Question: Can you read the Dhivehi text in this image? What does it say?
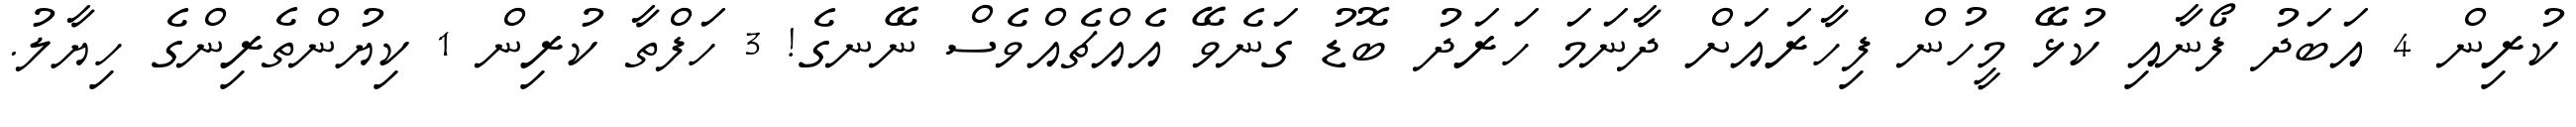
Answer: ކުރިން 4 އަބަދު ފޯނާއި ކުޅޭ މީހުން ފިހާރައަށް ދާނަމަ ހަރަދު ބޮޑު ގަނެވޭ އެއްޗެއްވެސް ނޭނގެ! 3 ހަފްތާ ކުރިން 1 ކިޔުންތެރިންގެ ހިޔާލު.